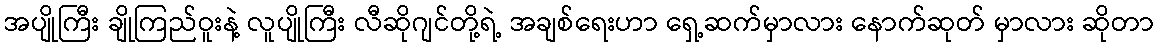
အပျိုကြီး ချိုကြည်ဝူးနဲ့ လူပျိုကြီး လီဆိုဂျင်တို့ရဲ့ အချစ်ရေးဟာ ရှေ့ဆက်မှာလား နောက်ဆုတ် မှာလား ဆိုတာ